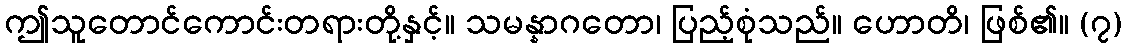
ဤသူတောင်ကောင်းတရားတို့နှင့်။ သမန္နာဂတော၊ ပြည့်စုံသည်။ ဟောတိ၊ ဖြစ်၏။ (၇)